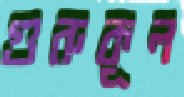
গুরুকূল